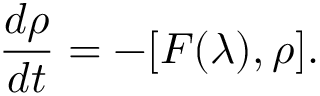
\frac { d \rho } { d t } = - [ F ( \lambda ) , \rho ] .